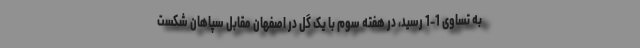
به تساوی 1-1 رسید، در هفته سوم با یک گل در اصفهان مقابل سپاهان شکست